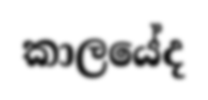
කාලයේද